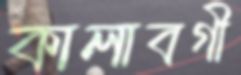
কালাবগী